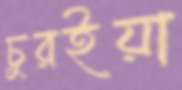
চুরইয়া